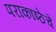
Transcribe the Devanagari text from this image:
पराकाष्ठेचें